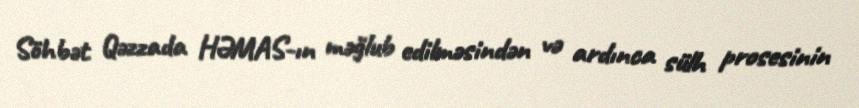
Söhbət Qəzzada HƏMAS-ın məğlub edilməsindən və ardınca sülh prosesinin